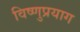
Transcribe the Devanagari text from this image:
विष्‍णुप्रयाग